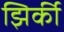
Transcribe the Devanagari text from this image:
झिर्की